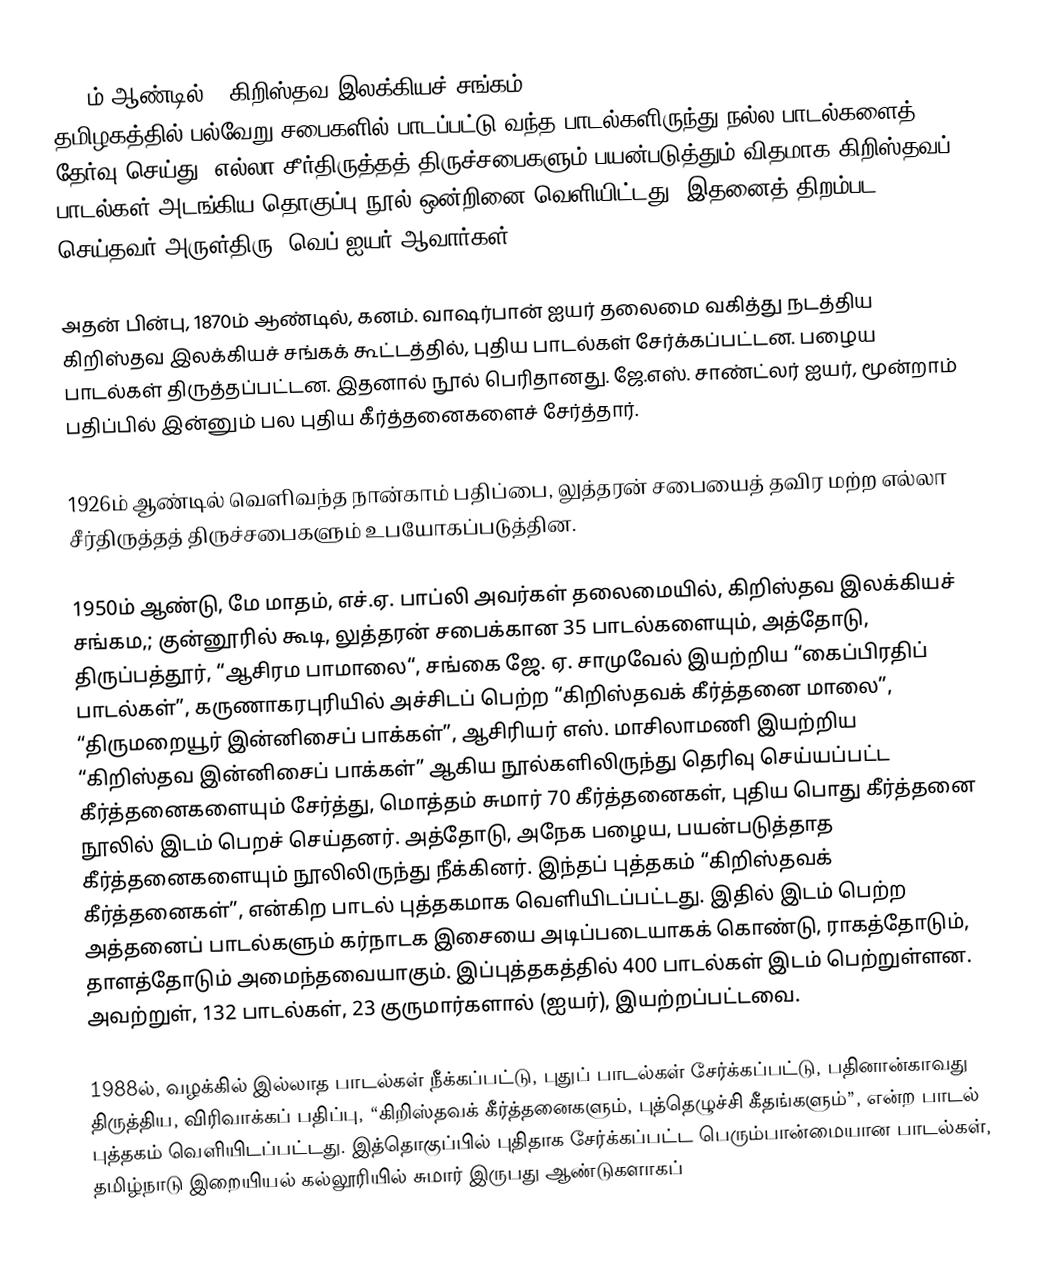
1853ம் ஆண்டில், “கிறிஸ்தவ இலக்கியச் சங்கம்” (Christian Literary Society - CLS), தமிழகத்தில் பல்வேறு சபைகளில் பாடப்பட்டு வந்த பாடல்களிருந்து நல்ல பாடல்களைத் தேர்வு செய்து, எல்லா சீர்திருத்தத் திருச்சபைகளும் பயன்படுத்தும் விதமாக கிறிஸ்தவப் பாடல்கள் அடங்கிய தொகுப்பு நூல் ஒன்றினை வெளியிட்டது. இதனைத் திறம்பட செய்தவர் அருள்திரு. வெப் ஐயர் ஆவார்கள்.

அதன் பின்பு, 1870ம் ஆண்டில், கனம். வாஷர்பான் ஐயர் தலைமை வகித்து நடத்திய கிறிஸ்தவ இலக்கியச் சங்கக் கூட்டத்தில், புதிய பாடல்கள் சேர்க்கப்பட்டன. பழைய பாடல்கள் திருத்தப்பட்டன. இதனால் நூல் பெரிதானது. ஜே.எஸ். சாண்ட்லர் ஐயர், மூன்றாம் பதிப்பில் இன்னும் பல புதிய கீர்த்தனைகளைச் சேர்த்தார்.

1926ம் ஆண்டில் வெளிவந்த நான்காம் பதிப்பை, லுத்தரன் சபையைத் தவிர மற்ற எல்லா சீர்திருத்தத் திருச்சபைகளும் உபயோகப்படுத்தின.

1950ம் ஆண்டு, மே மாதம், எச்.ஏ. பாப்லி அவர்கள் தலைமையில், கிறிஸ்தவ இலக்கியச் சங்கம,; குன்னூரில் கூடி, லுத்தரன் சபைக்கான 35 பாடல்களையும், அத்தோடு, திருப்பத்தூர், “ஆசிரம பாமாலை“, சங்கை ஜே. ஏ. சாமுவேல் இயற்றிய “கைப்பிரதிப் பாடல்கள்”, கருணாகரபுரியில் அச்சிடப் பெற்ற “கிறிஸ்தவக் கீர்த்தனை மாலை”, “திருமறையூர் இன்னிசைப் பாக்கள்”, ஆசிரியர் எஸ். மாசிலாமணி இயற்றிய “கிறிஸ்தவ இன்னிசைப் பாக்கள்” ஆகிய நூல்களிலிருந்து தெரிவு செய்யப்பட்ட கீர்த்தனைகளையும் சேர்த்து, மொத்தம் சுமார் 70 கீர்த்தனைகள், புதிய பொது கீர்த்தனை நூலில் இடம் பெறச் செய்தனர். அத்தோடு, அநேக பழைய, பயன்படுத்தாத கீர்த்தனைகளையும் நூலிலிருந்து நீக்கினர். இந்தப் புத்தகம் “கிறிஸ்தவக் கீர்த்தனைகள்”, என்கிற பாடல் புத்தகமாக வெளியிடப்பட்டது. இதில் இடம் பெற்ற அத்தனைப் பாடல்களும் கர்நாடக இசையை அடிப்படையாகக் கொண்டு, ராகத்தோடும், தாளத்தோடும் அமைந்தவையாகும். இப்புத்தகத்தில் 400 பாடல்கள் இடம் பெற்றுள்ளன. அவற்றுள், 132 பாடல்கள், 23 குருமார்களால் (ஐயர்), இயற்றப்பட்டவை.

1988ல், வழக்கில் இல்லாத பாடல்கள் நீக்கப்பட்டு, புதுப் பாடல்கள் சேர்க்கப்பட்டு, பதினான்காவது திருத்திய, விரிவாக்கப் பதிப்பு, “கிறிஸ்தவக் கீர்த்தனைகளும், புத்தெழுச்சி கீதங்களும்”, என்ற பாடல் புத்தகம் வெளியிடப்பட்டது. இத்தொகுப்பில் புதிதாக சேர்க்கப்பட்ட பெரும்பான்மையான பாடல்கள், தமிழ்நாடு இறையியல் கல்லூரியில் சுமார் இருபது ஆண்டுகளாகப்